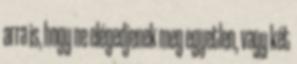
arra is, hogy ne elégedjenek meg egyetlen, vagy két